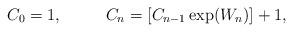
LaTeX: \begin{align*}C_0 = 1,\ \ \ \ \ \ \ \ C_n= [C_{n -1} \exp(W_n )] + 1,\end{align*}